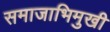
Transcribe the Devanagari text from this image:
समाजाभिमुखी